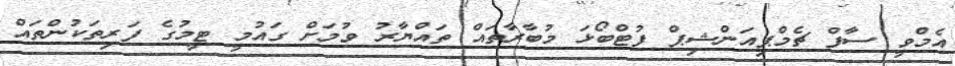
އެމްވީ ސާފް ޗެމްޕިއަންޝިޕް ފުޓްބޯޅަ މުބާރާތައް ތައްޔާރު ވުމަށް ގައުމީ ޓީމުގެ ފަރިތަކުންތައް